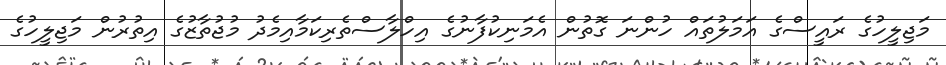
މަޖިލީހުގެ ރައީސްގެ އަމަލުތައް ހުންނަ ގޮތުން އެމަނިކުފާނުގެ އިހްލާސްތެރިކަމާއިމެދު މުޖުތާޒުގެ އިތުރުން މަޖިލީހުގެ